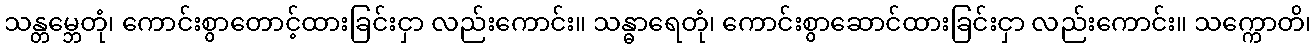
သန္တမ္ဘေတုံ၊ ကောင်းစွာတောင့်ထားခြင်းငှာ လည်းကောင်း။ သန္ဓာရေတုံ၊ ကောင်းစွာဆောင်ထားခြင်းငှာ လည်းကောင်း။ သက္ကောတိ၊